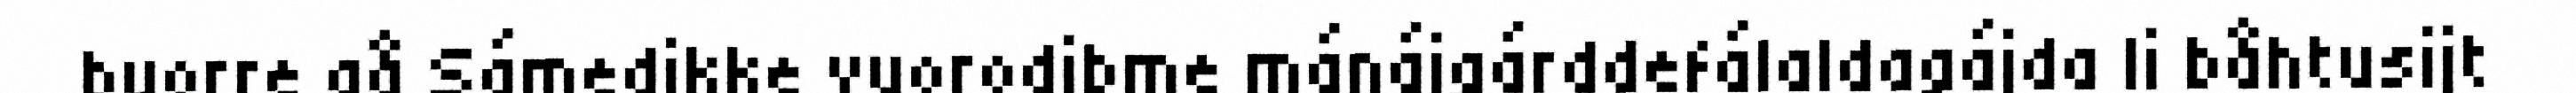
buorre gå Sámedikke vuorodibme mánájgárddefálaldagájda li båhtusijt